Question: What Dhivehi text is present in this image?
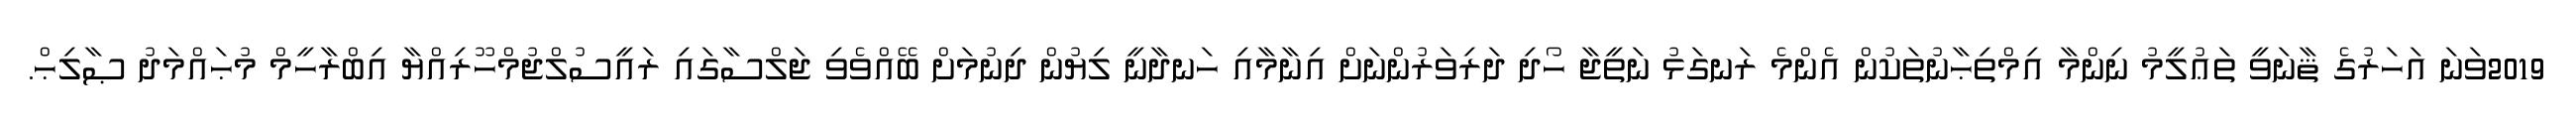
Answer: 2019ވަނަ އަހަރުގެ ޘާނަވީ ތަޢުލީމު ނިންމާ އިމްތިޙާނުތަކުން އެންމެ ރަނގަޅު ނަތީޖާ ހޯދި ދަރިވަރުންނަށް އިނާމާއި ހަނދާނީ ލިޔުން ދިނުމަށް ބޭއްވެވި ޖަލްސާގައި ރައީސުލްޖުމްހޫރިއްޔާ އިބްރާހީމް މުޙައްމަދު ޞާލިޙް.